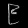
Digit: ၉